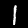
Digit: 1